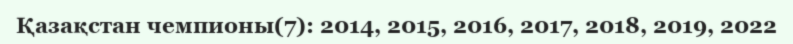
Қазақстан чемпионы(7): 2014, 2015, 2016, 2017, 2018, 2019, 2022